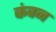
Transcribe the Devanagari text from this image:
कंवन